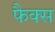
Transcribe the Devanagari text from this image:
फैक्‍स